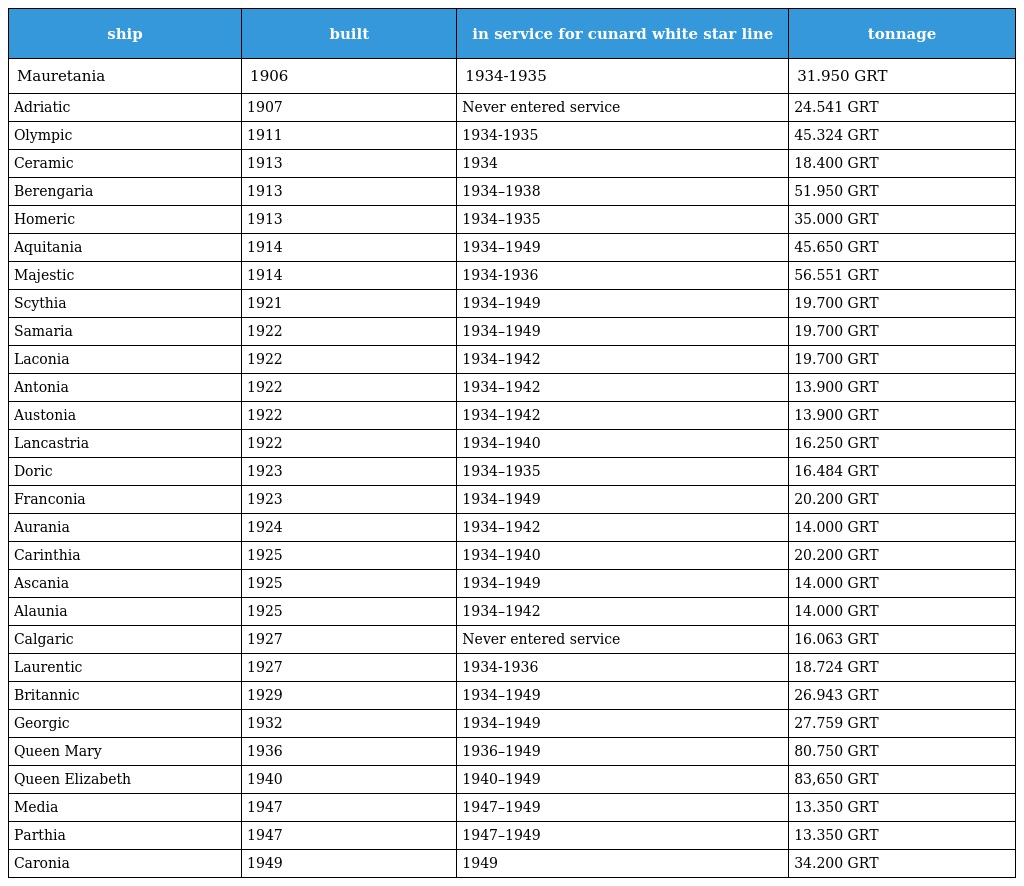
| ship | built | in service for cunard white star line | tonnage |
 | --- | --- | --- | --- |
 | Mauretania | 1906 | 1934-1935 | 31.950 GRT |
 | Adriatic | 1907 | Never entered service | 24.541 GRT |
 | Olympic | 1911 | 1934-1935 | 45.324 GRT |
 | Ceramic | 1913 | 1934 | 18.400 GRT |
 | Berengaria | 1913 | 1934–1938 | 51.950 GRT |
 | Homeric | 1913 | 1934–1935 | 35.000 GRT |
 | Aquitania | 1914 | 1934–1949 | 45.650 GRT |
 | Majestic | 1914 | 1934-1936 | 56.551 GRT |
 | Scythia | 1921 | 1934–1949 | 19.700 GRT |
 | Samaria | 1922 | 1934–1949 | 19.700 GRT |
 | Laconia | 1922 | 1934–1942 | 19.700 GRT |
 | Antonia | 1922 | 1934–1942 | 13.900 GRT |
 | Austonia | 1922 | 1934–1942 | 13.900 GRT |
 | Lancastria | 1922 | 1934–1940 | 16.250 GRT |
 | Doric | 1923 | 1934–1935 | 16.484 GRT |
 | Franconia | 1923 | 1934–1949 | 20.200 GRT |
 | Aurania | 1924 | 1934–1942 | 14.000 GRT |
 | Carinthia | 1925 | 1934–1940 | 20.200 GRT |
 | Ascania | 1925 | 1934–1949 | 14.000 GRT |
 | Alaunia | 1925 | 1934–1942 | 14.000 GRT |
 | Calgaric | 1927 | Never entered service | 16.063 GRT |
 | Laurentic | 1927 | 1934-1936 | 18.724 GRT |
 | Britannic | 1929 | 1934–1949 | 26.943 GRT |
 | Georgic | 1932 | 1934–1949 | 27.759 GRT |
 | Queen Mary | 1936 | 1936–1949 | 80.750 GRT |
 | Queen Elizabeth | 1940 | 1940–1949 | 83,650 GRT |
 | Media | 1947 | 1947–1949 | 13.350 GRT |
 | Parthia | 1947 | 1947–1949 | 13.350 GRT |
 | Caronia | 1949 | 1949 | 34.200 GRT |